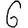
Digit: 6